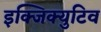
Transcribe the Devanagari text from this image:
इक्जिक्युटिव